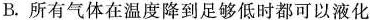
B.所有气体在温度降到足够低时都可以液化